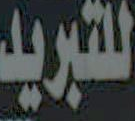
للتبريد